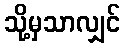
သို့မှသာလျှင်